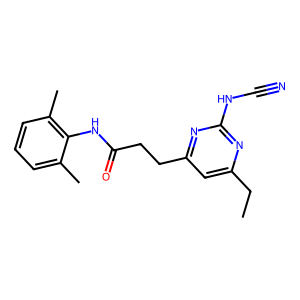
SMILES: CCc1cc(CCC(=O)Nc2c(C)cccc2C)nc(NC#N)n1
Inhibits HIV replication: No